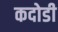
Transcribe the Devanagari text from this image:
कदोडी